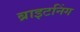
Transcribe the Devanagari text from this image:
ब्राइटनिंग